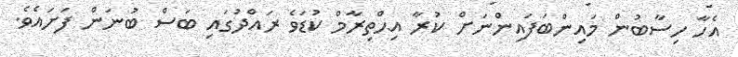
އެހާ ހިސާބުން މައިންބަފައިންނަށް ކުރާ އިޙްތިރާމް ކުޑަވެ ރައްދުގައި ބަސް ބުނަން ފަށައެވެ.